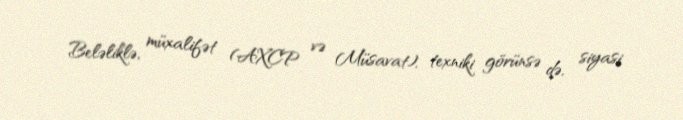
Beləliklə, müxalifət (AXCP və Müsavat), texniki görünsə də, siyasi